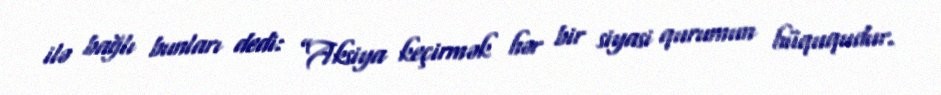
ilə bağlı bunları dedi: ”Aksiya keçirmək hər bir siyasi qurumun hüququdur.